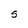
Character: S